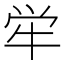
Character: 𫞢